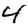
Digit: 4